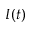
I ( t )